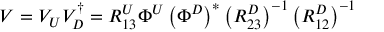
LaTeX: V = V _ { U } V _ { D } ^ { \dagger } = R _ { 1 3 } ^ { U } \Phi ^ { U } \left( \Phi ^ { D } \right) ^ { \ast } \left( R _ { 2 3 } ^ { D } \right) ^ { - 1 } \left( R _ { 1 2 } ^ { D } \right) ^ { - 1 }